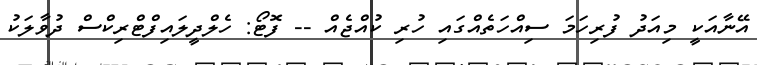
އޭނާއަކީ މިއަދު ފުރިހަމަ ސިއްހަތެއްގައި ހުރި ކުއްޖެއް -- ފޮޓޯ: ހެލްދީލައިފްޓްރިކްސް ދުވާލަކު